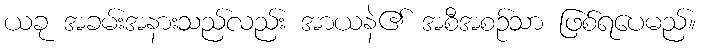
ယခု အခမ်းအနားသည်လည်း အာယနဲ၏ အစီအစဉ်သာ ဖြစ်ရပေမည်။